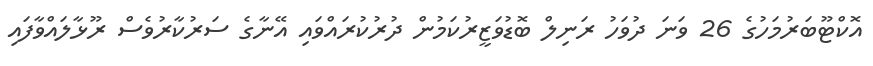
އޮކްޓޫބަރުމަހުގެ 26 ވަނަ ދުވަހު ރަނިލް ބޮޑުވަޒީރުކަމުން ދުރުކުރައްވައި އޭނާގެ ސަރުކާރުވެސް ރޫޅާލައްވާފައި